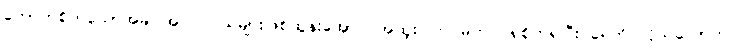
ကောက်စိုက်သောအခါ အပင် ငယ်များဖြစ်ထွန်းအောင် အထူး ကြပ်မတ် ဂရုစိုက်ရပြီး ရေကို လိုသလောက်